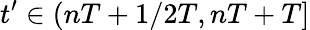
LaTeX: t^{\prime}\in(nT+1/2T,nT+T]